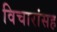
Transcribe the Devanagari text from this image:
विचारांसह